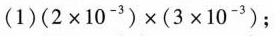
(1)$$(2\times 10^{-3})\times (3\times 10^{-3})$$；